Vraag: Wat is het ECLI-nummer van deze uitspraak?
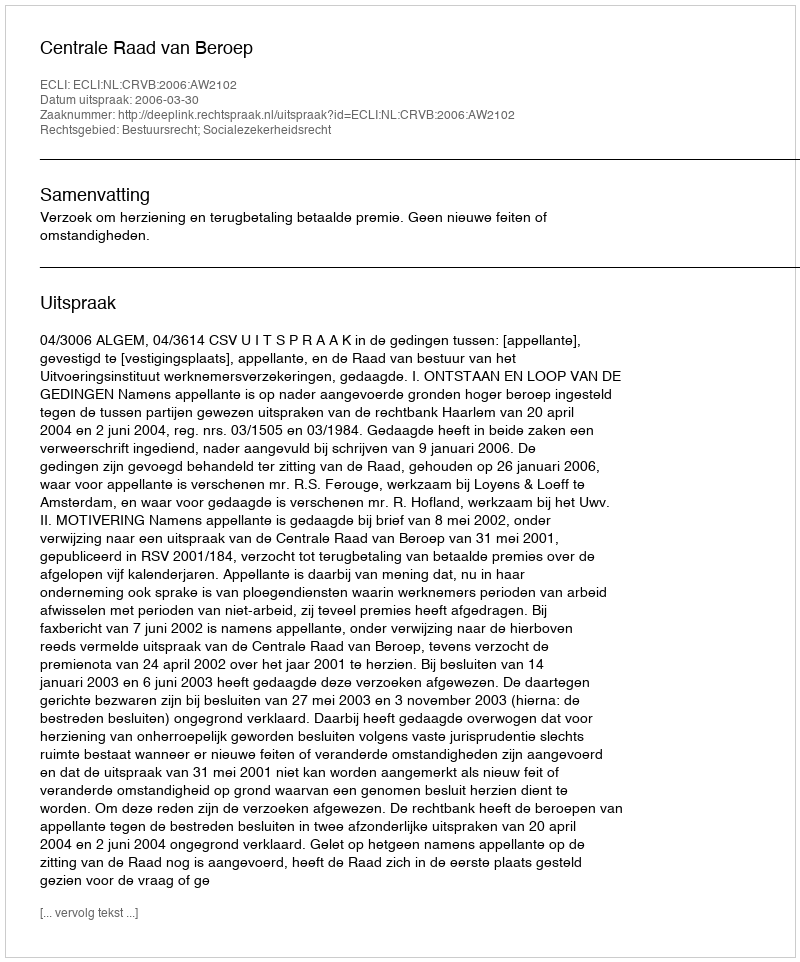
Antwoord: ECLI:NL:CRVB:2006:AW2102